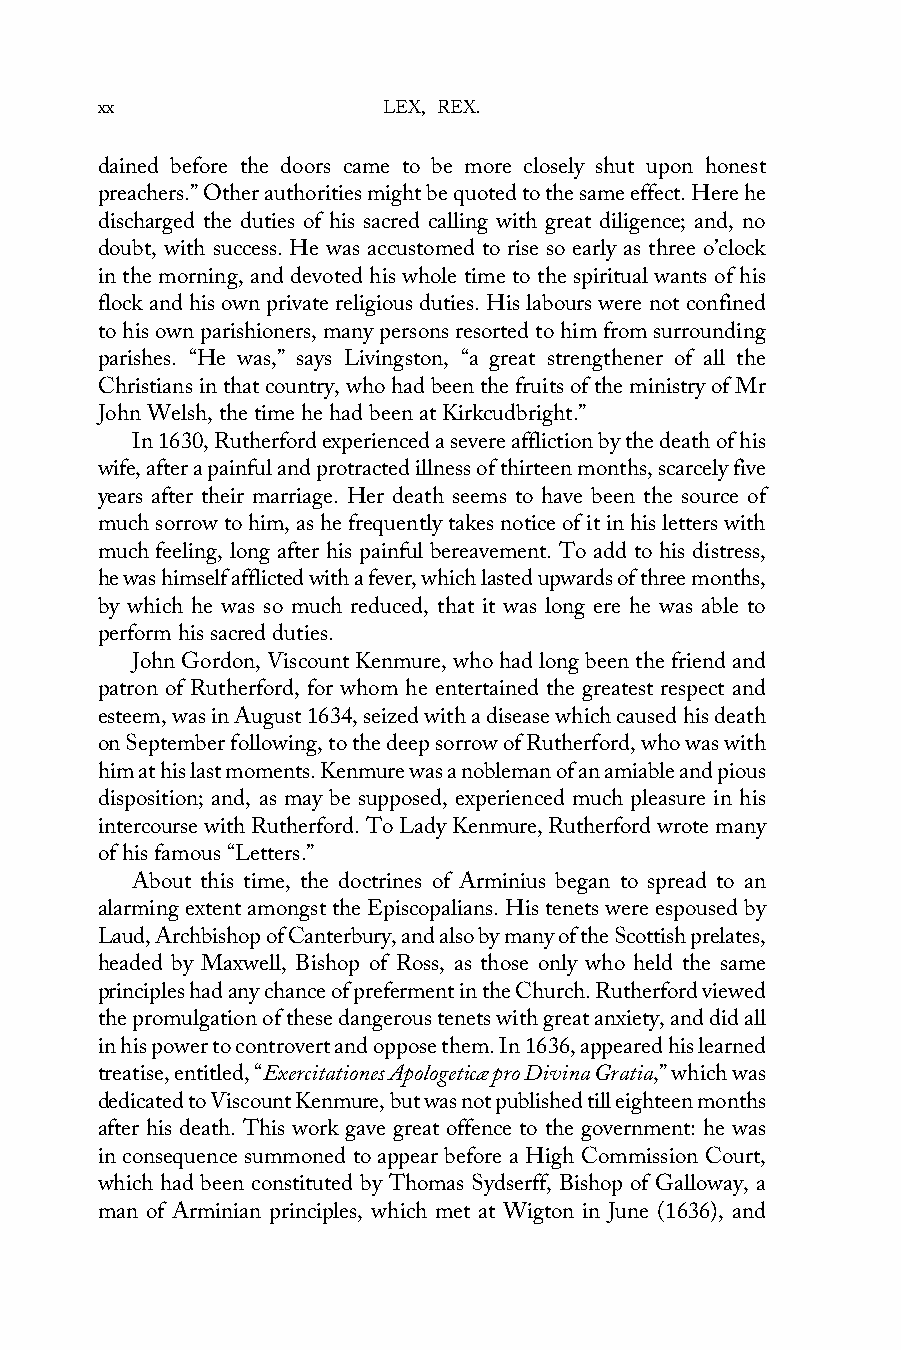
xx                 LEX, REX.
 dained before the doors came to be more closely shut upon honest
 preachers.” Other authorities might be quoted to the same effect. Here he
 discharged the duties of his sacred calling with great diligence; and, no
 doubt, with success. He was accustomed to rise so early as three o’clock
 in the morning, and devoted his whole time to the spiritual wants of his
 flock and his own private religious duties. His labours were not confined
 to his own parishioners, many persons resorted to him from surrounding
 parishes. “He was,” says Livingston, “a great strengthener of all the
 Christians in that country, who had been the fruits of the ministry of Mr
 John Welsh, the time he had been at Kirkcudbright.”
 In 1630, Rutherford experienced a severe affliction by the death of his
 wife, after a painful and protracted illness of thirteen months, scarcely five
 years after their marriage. Her death seems to have been the source of
 much sorrow to him, as he frequently takes notice of it in his letters with
 much feeling, long after his painful bereavement. To add to his distress,
 he was himself afflicted with a fever, which lasted upwards of three months,
 by which he was so much reduced, that it was long ere he was able to
 perform his sacred duties.
 John Gordon, Viscount Kenmure, who had long been the friend and
 patron of Rutherford, for whom he entertained the greatest respect and
 esteem, was in August 1634, seized with a disease which caused his death
 on September following, to the deep sorrow of Rutherford, who was with
 him at his last moments. Kenmure was a nobleman of an amiable and pious
 disposition; and, as may be supposed, experienced much pleasure in his
 intercourse with Rutherford. To Lady Kenmure, Rutherford wrote many
 of his famous “Letters.”
 About this time, the doctrines of Arminius began to spread to an
 alarming extent amongst the Episcopalians. His tenets were espoused by
 Laud, Archbishop of Canterbury, and also by many of the Scottish prelates,
 headed by Maxwell, Bishop of Ross, as those only who held the same
 principles had any chance of preferment in the Church. Rutherford viewed
 the promulgation of these dangerous tenets with great anxiety, and did all
 in his power to controvert and oppose them. In 1636, appeared his learned
 treatise, entitled, “Exercitationes Apologeticæ pro Divina Gratia,” which was
 dedicated to Viscount Kenmure, but was not published till eighteen months
 after his death. This work gave great offence to the government: he was
 in consequence summoned to appear before a High Commission Court,
 which had been constituted by Thomas Sydserff, Bishop of Galloway, a
 man of Arminian principles, which met at Wigton in June (1636), and